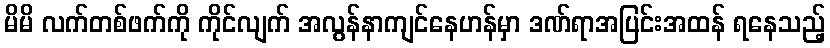
မိမိ လက်တစ်ဖက်ကို ကိုင်လျက် အလွန်နာကျင်နေဟန်မှာ ဒဏ်ရာအပြင်းအထန် ရနေသည့်